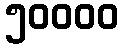
၅၀၀၀၀